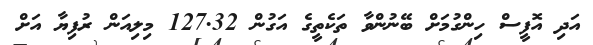
އަދި އޮފީސް ހިންގުމަށް ބޭނުންވާ ތަކެތީގެ އަގުން 127.32 މިލިއަން ރުފިޔާ އަށް